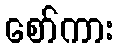
စော်ကား